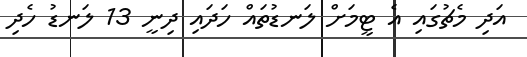
އަދި މެޗުގައި އެ ޓީމަށް ލަނޑުތައް ހަދައި ދިނީ 13 ލަނޑު ހެދި